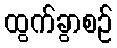
ထွက်ခွာစဉ်